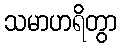
သမာဟရိတွာ